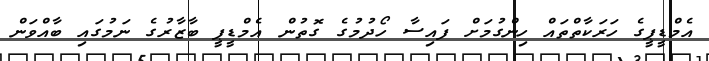
އެމްޑީޕީގެ ހަރަކާތްތައް ހިންގުމަށް ފައިސާ ހޯދުމުގެ ގޮތުން އެމްޑީޕީ ބާޒާރުގެ ނަމުގައި ބާއްވަން